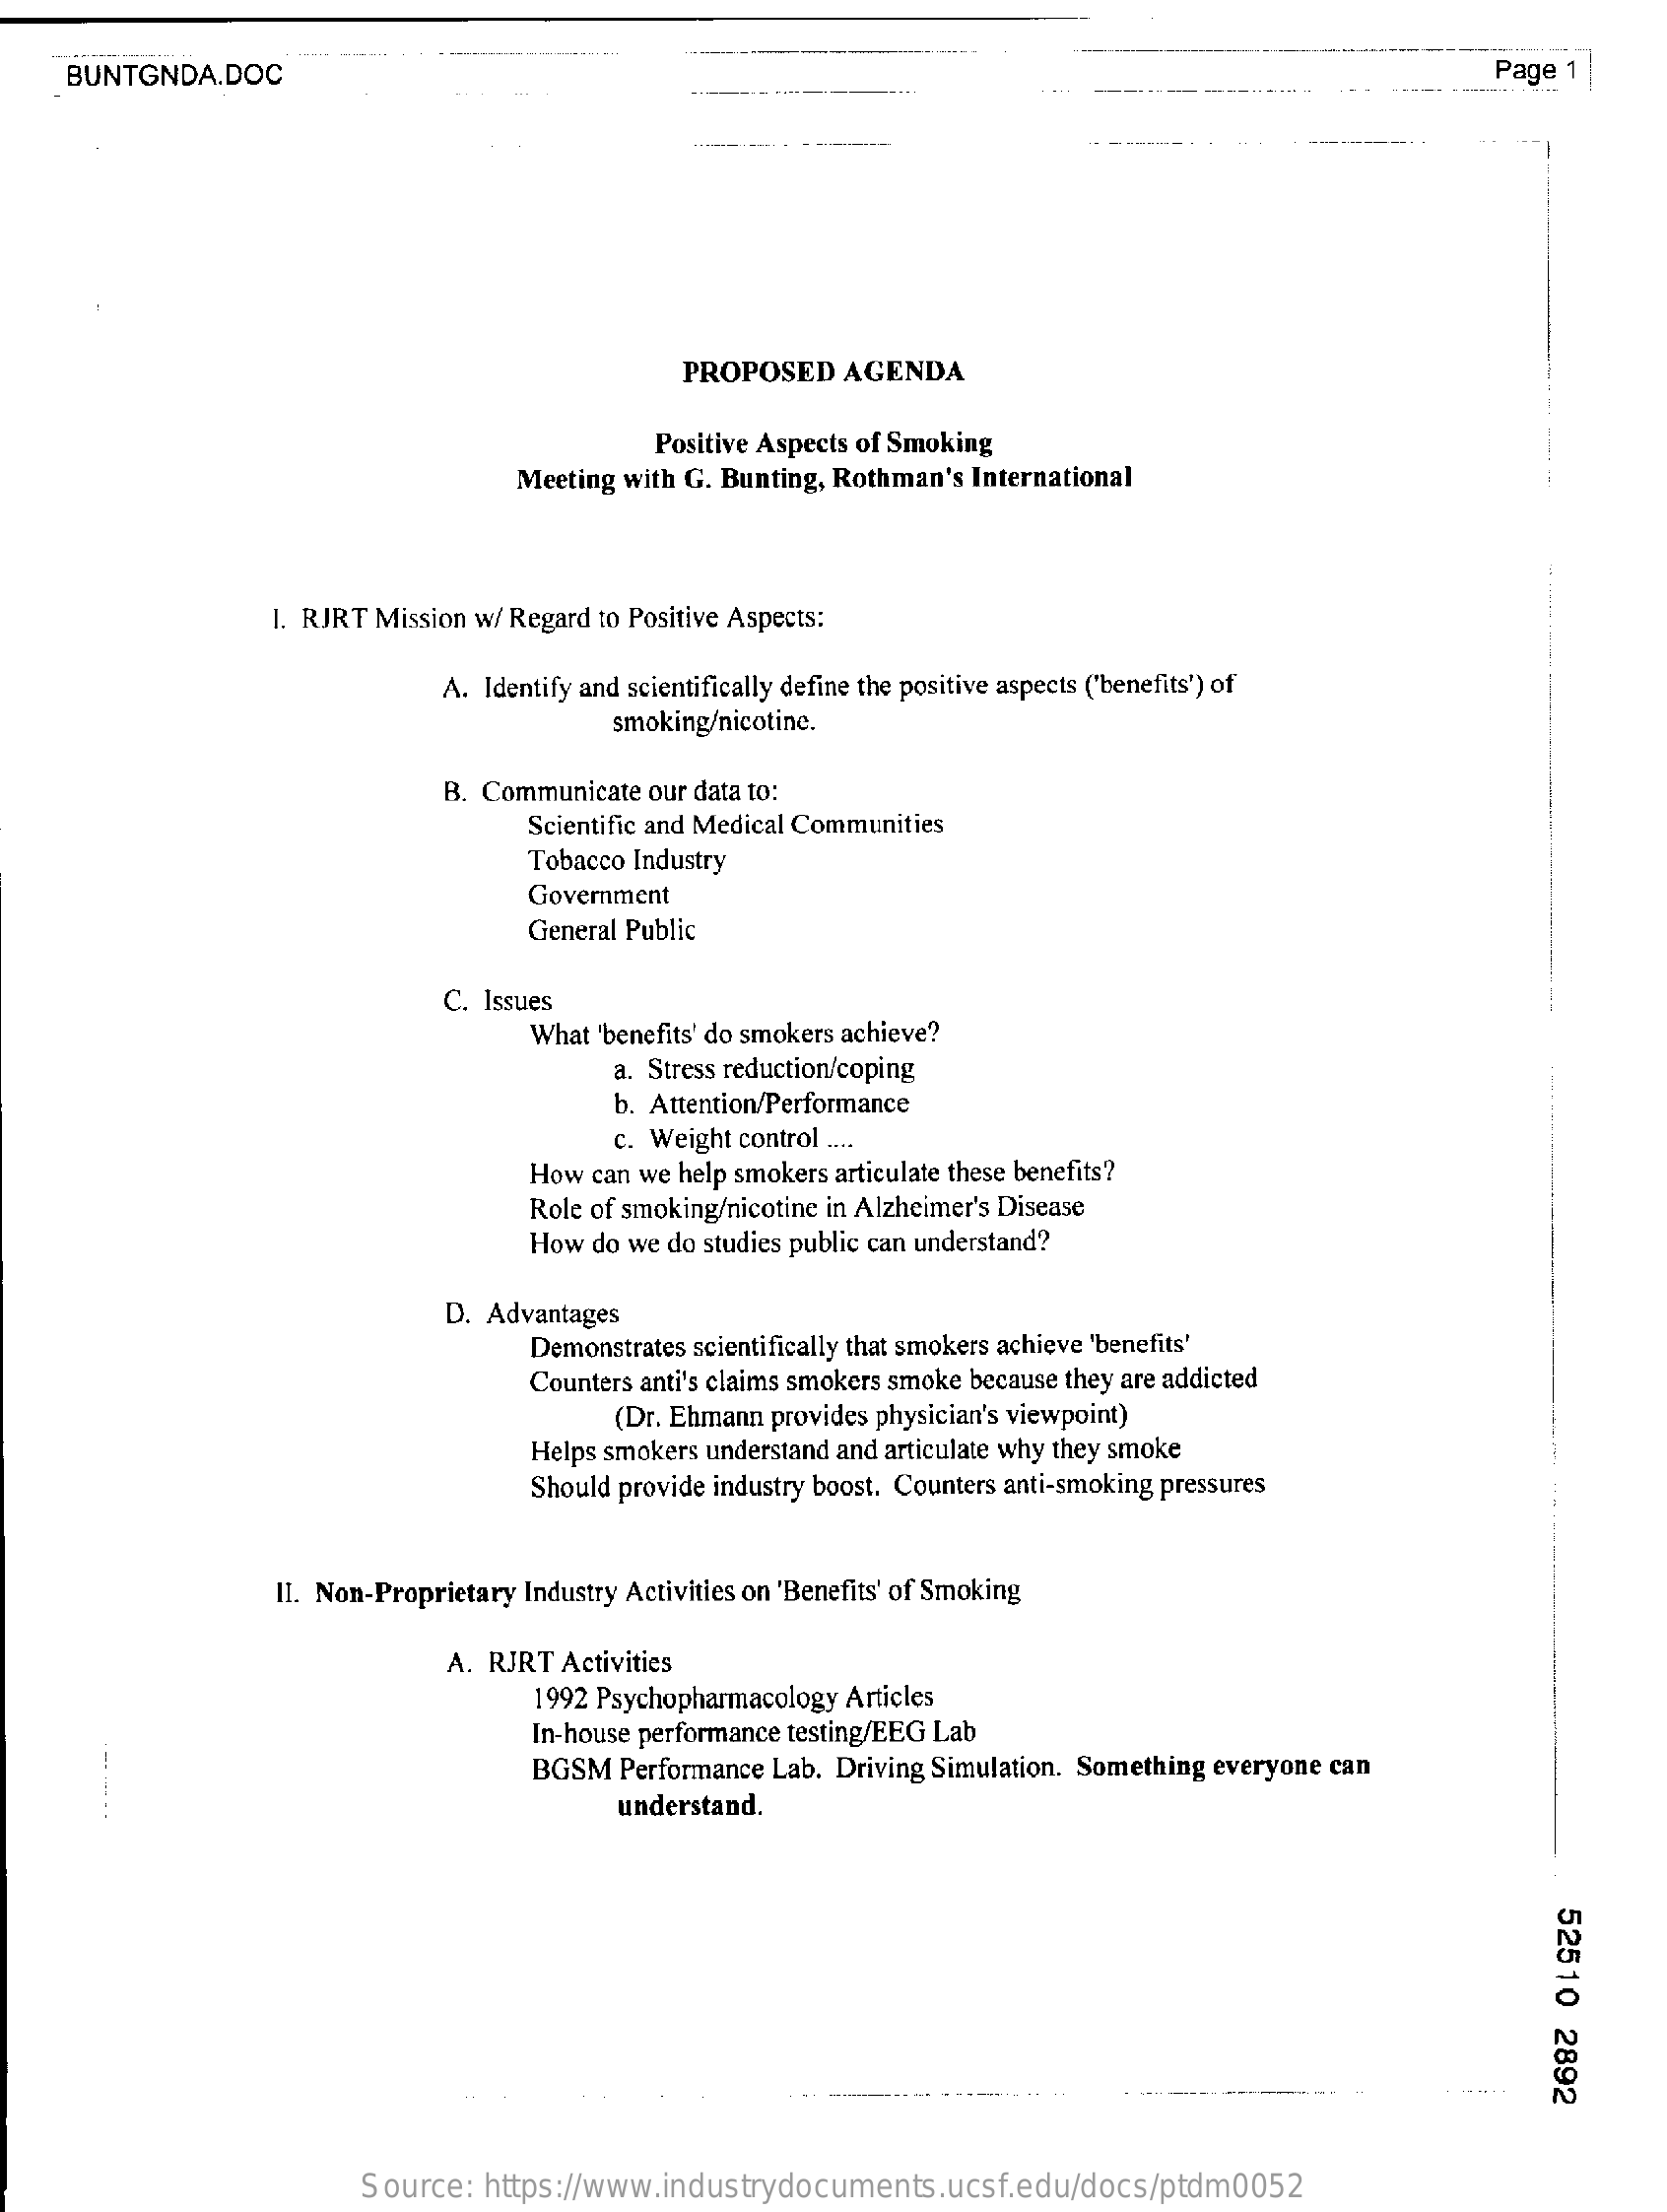
BUNTGNDA.DOC    Page 1
     PROPOSED    AGENDA
     Positive Aspects of Smoking
     Meeting  with G. Bunting, Rothman's  International
     I. RJRT Mission w/ Regard to Positive Aspects:
     A. Identify and scientifically define the positive aspects ('benefits') of
     smoking/nicotine.
     B. Communicate   our data to:
     Scientific and Medical Communities
     Tobacco Industry
     Government
     General Public
     C. Issues
     What 'benefits' do smokers achieve?
     a. Stress reduction/coping
     b. Attention/Performance
     c. Weight control ....
     How  can we help smokers articulate these benefits?
     Role of smoking/nicotine in Alzheimer's Disease
     How  do we do studies public can understand?
     D. Advantages
     Demonstrates scientifically that smokers achieve 'benefits'
     Counters anti's claims smokers smoke because they are addicted
     (Dr. Ehmann  provides physician's viewpoint)
     Helps smokers understand and articulate why they smoke
     Should provide industry boost. Counters anti-smoking pressures
     II. Non-Proprietary  Industry Activities on 'Benefits' of Smoking
     A. RJRT  Activities
     1992 Psychopharmacology  Articles
     In-house performance testing/EEG Lab
     BGSM   Performance  Lab. Driving Simulation. Something everyone  can
     understand.
     52510
     2892
     Source:   https://www.industrydocuments.ucsf.edu/docs/ptdm0052